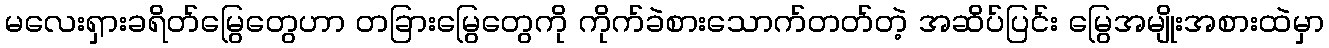
မလေးရှားခရိတ်မြွေတွေဟာ တခြားမြွေတွေကို ကိုက်ခဲစားသောက်တတ်တဲ့ အဆိပ်ပြင်း မြွေအမျိုးအစားထဲမှာ